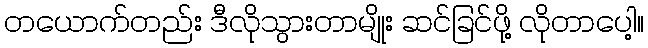
တယောက်တည်း ဒီလိုသွားတာမျိုး ဆင်ခြင်ဖို့ လိုတာပေါ့။